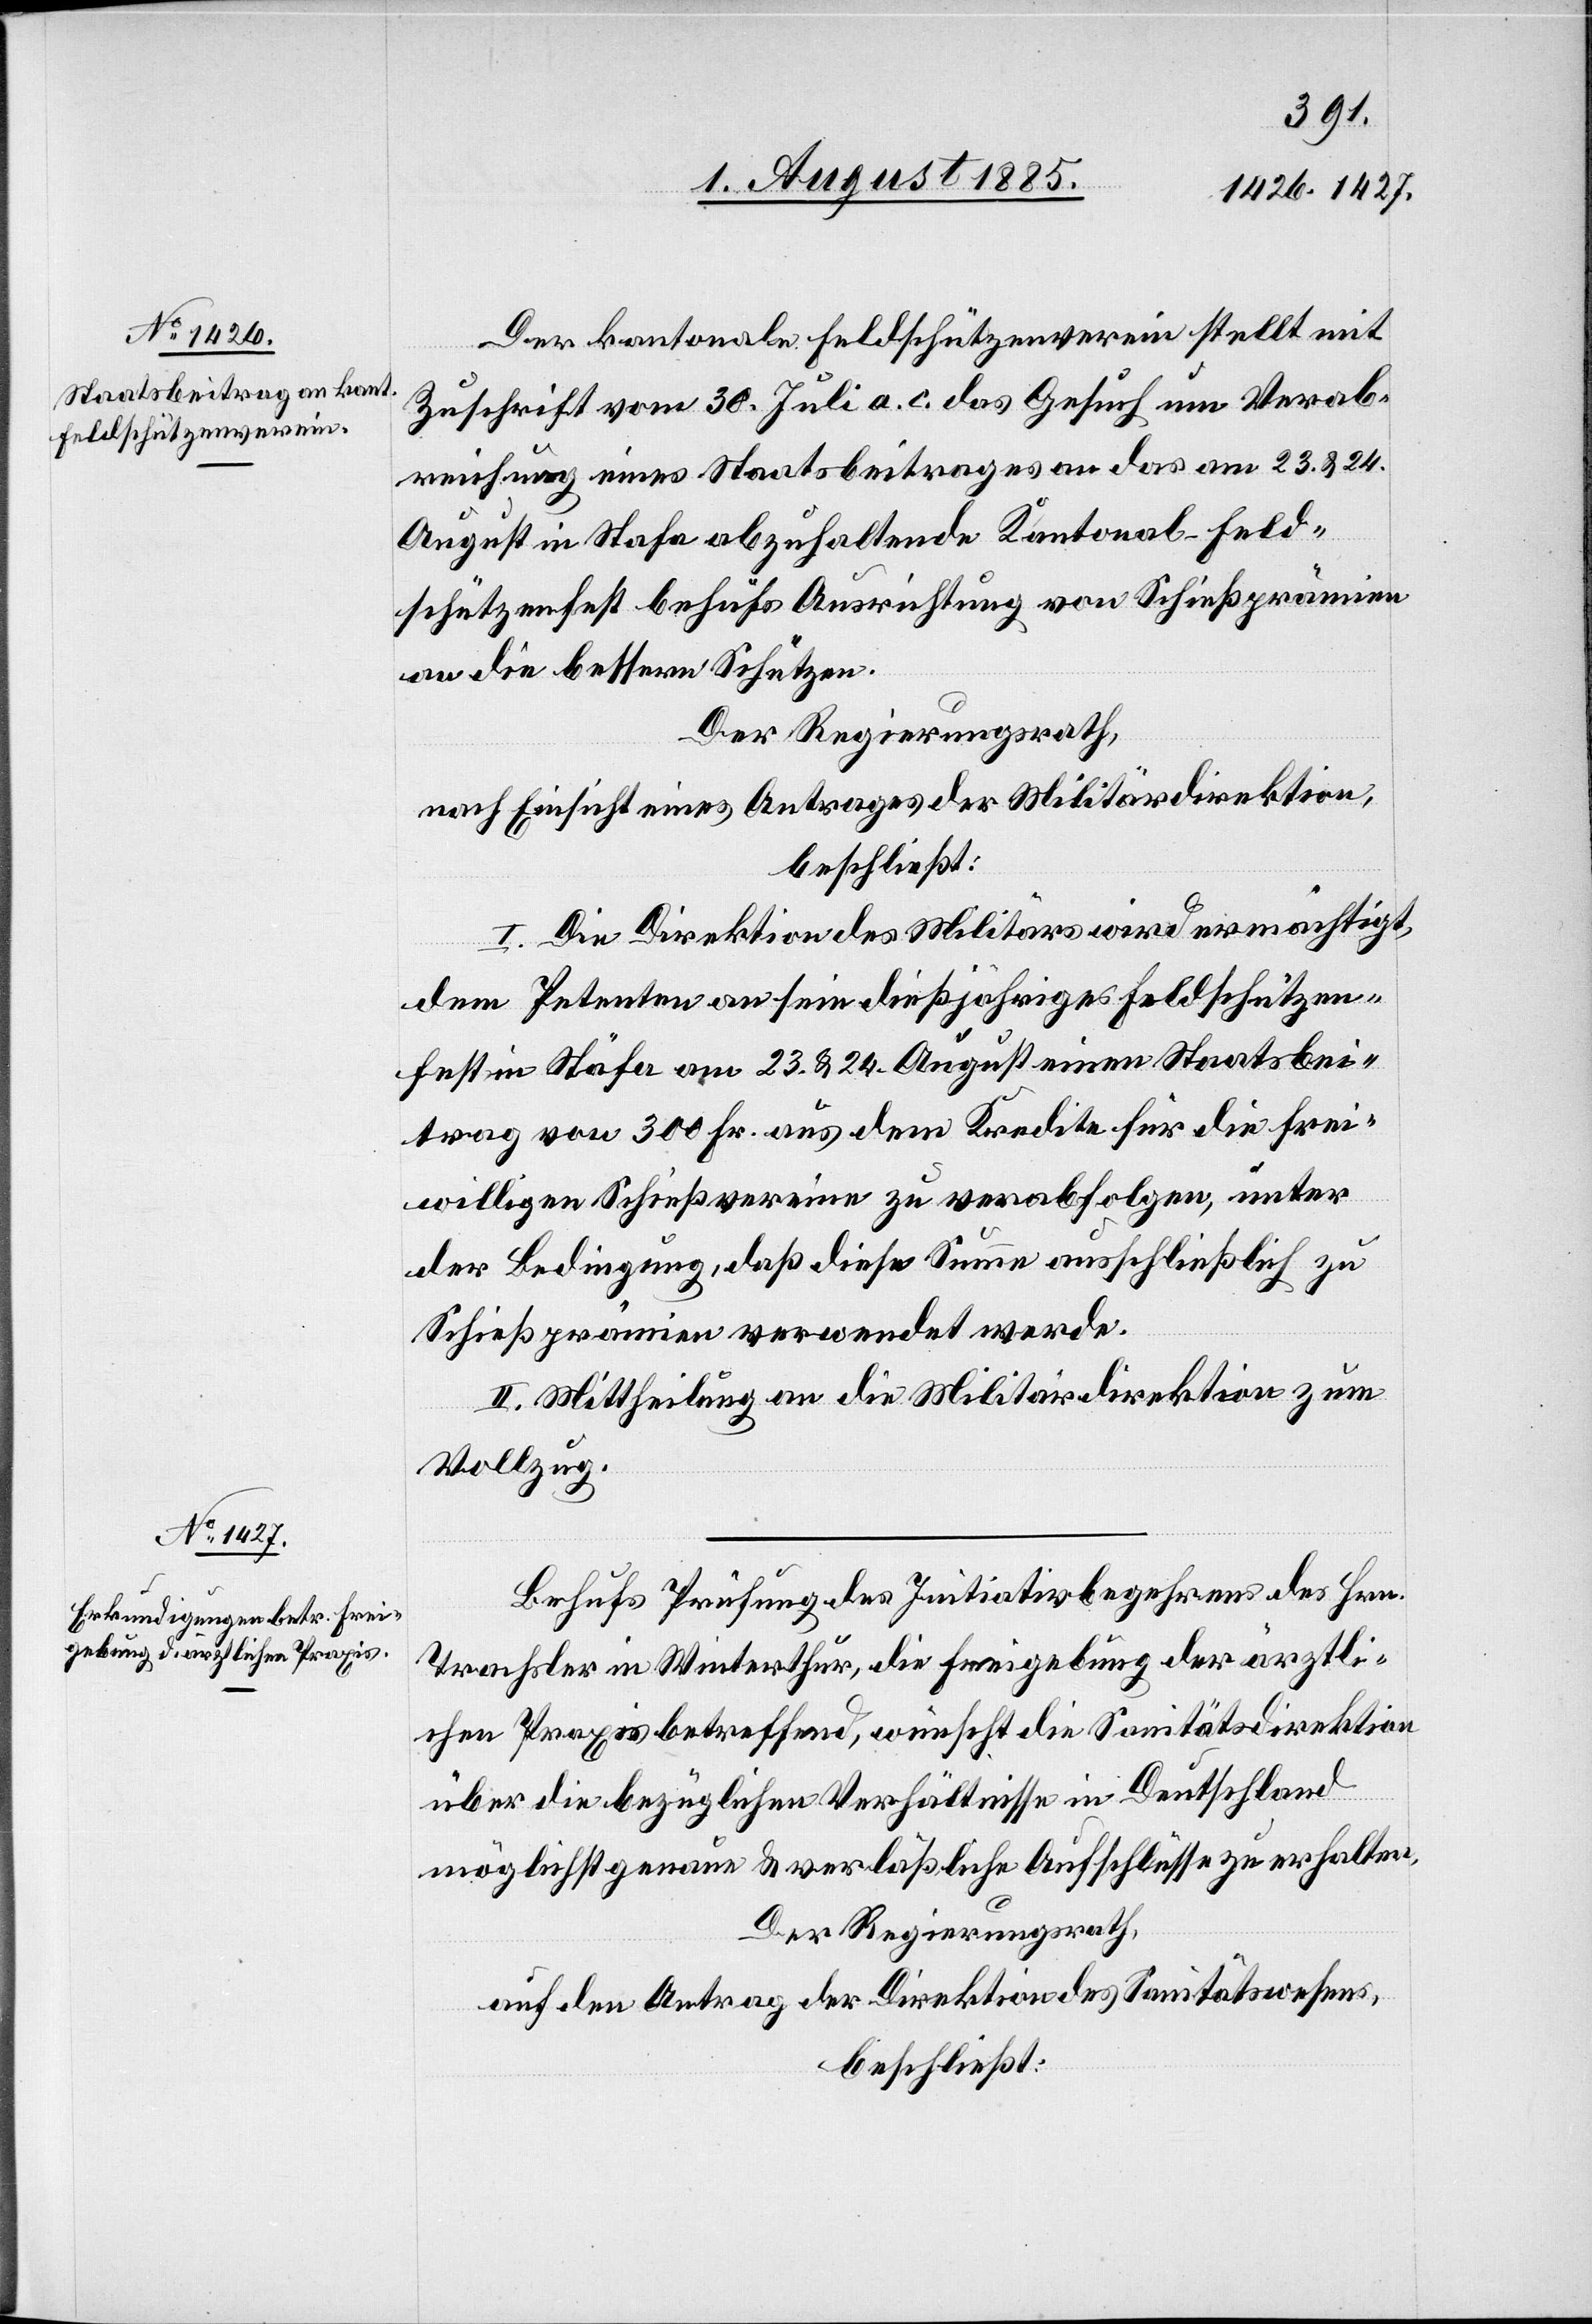
Der kantonale Feldschützenverein stellt mit
Zuschrift vom 30. Juli a. c. das Gesuch um Verab¬
reichung eines Staatsbeitrages an das am 23. & 24.
[recte: Stäfa] abzuhaltende Kantonal-Feld¬
schützenfest behufs Ausrichtung von Schießprämien
an die bessern Schützen.
Der Regierungsrath,
nach Einsicht eines Antrages der Militärdirektion,
beschließt:
I. Die Direktion des Militärs wird ermächtigt,
dem Petenten an sein dießjähriges Feldschützen¬
fest in Stäfa am 23. & 24. August einen Staatsbei¬
trag von 300. Fr. aus dem Kredite für die frei¬
willigen Schießvereine zu verabfolgen, unter
der Bedingung, daß diese Summe ausschließlich zu
Schießprämien verwendet werde.
II. Mittheilung an die Militärdirektion zum
Vollzug.
Behufs Prüfung des Initiativbegehrens des Hrn.
Trachsler in Winterthur, die Freigebung der ärztli¬
chen Praxis betreffend, wünscht die Sanitätsdirektion
über die bezüglichen Verhältnisse in Deutschland
möglichst genaue & verläßliche Aufschlüsse zu erhalten.
Der Regierungsrath,
auf den Antrag der Direktion des Sanitätswesens,
beschließt: